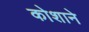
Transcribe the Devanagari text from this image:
कोशाने